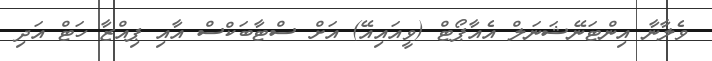
ވެލާނާ އިންޓަނޭޝަނަލް އެއާޕޯޓް (ވީއައިއޭ) އަށް ސްޓާބަކްސް އާއި ޕިއްޒާ ހަޓް އަދި